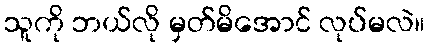
သူကို ဘယ်လို မှတ်မိအောင် လုပ်မလဲ။